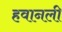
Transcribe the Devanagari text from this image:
हवानली